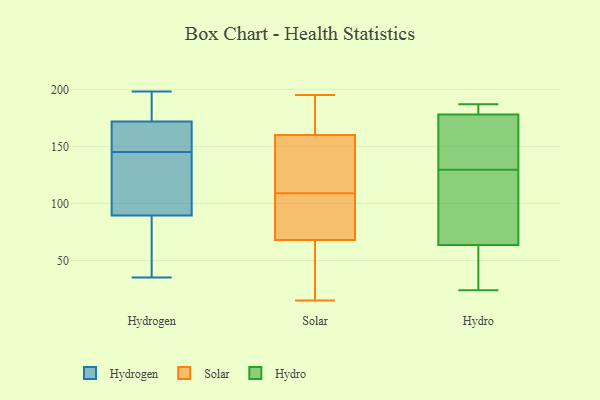
{"axis": {"x": "Budget (USD K)", "y": "Value"}, "legend": ["Hydro", "Hydrogen", "Solar"], "data": [{"x": "", "y": 197, "type": "Hydrogen"}, {"x": "", "y": 170, "type": "Hydrogen"}, {"x": "", "y": 35, "type": "Hydrogen"}, {"x": "", "y": 53, "type": "Hydrogen"}, {"x": "", "y": 114, "type": "Hydrogen"}, {"x": "", "y": 115, "type": "Hydrogen"}, {"x": "", "y": 177, "type": "Hydrogen"}, {"x": "", "y": 61, "type": "Hydrogen"}, {"x": "", "y": 50, "type": "Hydrogen"}, {"x": "", "y": 156, "type": "Hydrogen"}, {"x": "", "y": 162, "type": "Hydrogen"}, {"x": "", "y": 145, "type": "Hydrogen"}, {"x": "", "y": 133, "type": "Hydrogen"}, {"x": "", "y": 99, "type": "Hydrogen"}, {"x": "", "y": 198, "type": "Hydrogen"}, {"x": "", "y": 148, "type": "Hydrogen"}, {"x": "", "y": 185, "type": "Hydrogen"}, {"x": "", "y": 173, "type": "Solar"}, {"x": "", "y": 49, "type": "Solar"}, {"x": "", "y": 195, "type": "Solar"}, {"x": "", "y": 167, "type": "Solar"}, {"x": "", "y": 109, "type": "Solar"}, {"x": "", "y": 189, "type": "Solar"}, {"x": "", "y": 90, "type": "Solar"}, {"x": "", "y": 73, "type": "Solar"}, {"x": "", "y": 170, "type": "Solar"}, {"x": "", "y": 15, "type": "Solar"}, {"x": "", "y": 109, "type": "Solar"}, {"x": "", "y": 104, "type": "Solar"}, {"x": "", "y": 63, "type": "Solar"}, {"x": "", "y": 118, "type": "Solar"}, {"x": "", "y": 48, "type": "Solar"}, {"x": "", "y": 101, "type": "Solar"}, {"x": "", "y": 44, "type": "Solar"}, {"x": "", "y": 148, "type": "Solar"}, {"x": "", "y": 118, "type": "Solar"}, {"x": "", "y": 153, "type": "Solar"}, {"x": "", "y": 25, "type": "Hydro"}, {"x": "", "y": 56, "type": "Hydro"}, {"x": "", "y": 129, "type": "Hydro"}, {"x": "", "y": 179, "type": "Hydro"}, {"x": "", "y": 187, "type": "Hydro"}, {"x": "", "y": 142, "type": "Hydro"}, {"x": "", "y": 24, "type": "Hydro"}, {"x": "", "y": 177, "type": "Hydro"}, {"x": "", "y": 130, "type": "Hydro"}, {"x": "", "y": 71, "type": "Hydro"}, {"x": "", "y": 179, "type": "Hydro"}, {"x": "", "y": 111, "type": "Hydro"}]}